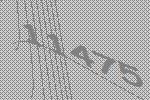
11475